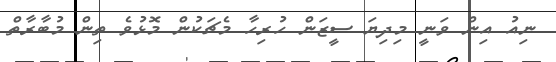
ނިއު އިން ވަނީ މިދިޔަ ސީޒަން ހުރިހާ މެޗަކުން މޮޅުވެ ތިން މުބާރާތް